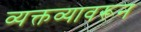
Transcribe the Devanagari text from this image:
व्यक्तव्यावरून